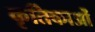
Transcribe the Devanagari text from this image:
कृतिकाओं